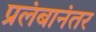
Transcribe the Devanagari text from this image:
प्रलंबानंतर